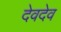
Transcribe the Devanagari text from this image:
देवदेव